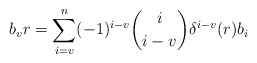
\begin{align*}b_v r = \sum_{i=v}^n (-1)^{i-v} {i \choose i-v} \delta^{i-v}(r) b_i\end{align*}